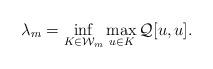
LaTeX: \begin{align*}\lambda_m=\inf_{K\in\mathcal{W}_{m}} \max_{u\in K} \mathcal{Q}[u,u].\end{align*}